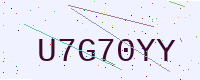
Text: U7G70YY